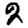
Digit: 2